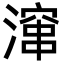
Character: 𪷚